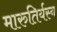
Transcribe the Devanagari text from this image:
मारुतिर्यस्य